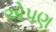
એપણ